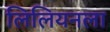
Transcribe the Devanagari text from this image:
लिलियनला